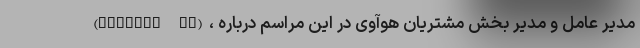
(Richard Yu)، مدیر عامل و مدیر بخش مشتریان هوآوی در این مراسم درباره